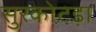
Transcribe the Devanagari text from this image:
सुरकोटड़ा